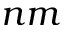
n m